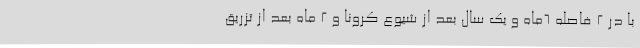
با در ۲ فاصله ۶ماه و یک سال بعد از شیوع کرونا و ۲ ماه بعد از تزریق